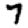
Digit: 7